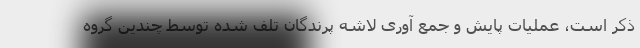
ذکر است، عملیات پایش و جمع آوری لاشه پرندگان تلف شده توسط چندین گروه